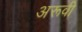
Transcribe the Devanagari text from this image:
अरूवी